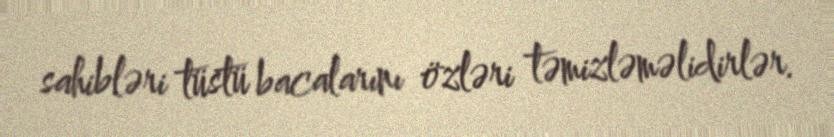
sahibləri tüstü bacalarını özləri təmizləməlidirlər.